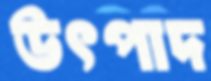
উৎপাদ